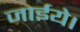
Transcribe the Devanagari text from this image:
जाईये।